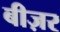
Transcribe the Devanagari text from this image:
बीज़र